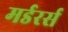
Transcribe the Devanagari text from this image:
मर्डरर्स